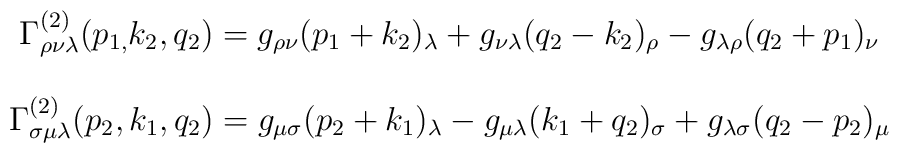
\begin{array}{c}\Gamma _{\rho \nu \lambda }^{\left( 2\right) }(p_{1,}k_2,q_2)=g_{\rho \nu}(p_1+k_2)_\lambda +g_{\nu \lambda }(q_2-k_2)_\rho -g_{\lambda \rho}(q_2+p_1)_\nu \\ \\ \Gamma _{\sigma \mu \lambda }^{(2)}(p_2,k_1,q_2)=g_{\mu \sigma}(p_2+k_1)_\lambda -g_{\mu \lambda }(k_1+q_2)_\sigma +g_{\lambda \sigma}(q_2-p_2)_\mu\end{array}